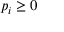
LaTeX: p _ { i } \geq 0